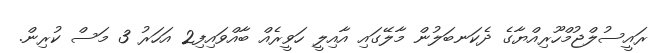
ރައީސުލްޖުމްހޫރިއްޔާގެ ދެކަނބަލުން މާލޭގައި އާއިލީ ހަވީރެއް ބާއްވައިފި2 އަހަރު 3 މަސް ކުރިން.